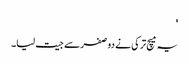
'
یہ میچ ترکی نے دو صفر سے جیت لیا۔